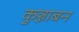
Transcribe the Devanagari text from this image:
कुञ्जाबन